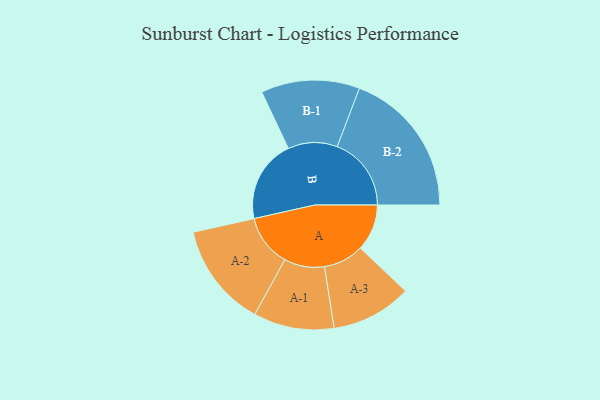
{"axis": {"x": "Segment", "y": "Value"}, "legend": ["", "A", "B"], "data": [{"x": "A", "y": 171, "type": ""}, {"x": "B", "y": 304, "type": ""}, {"x": "A-1", "y": 148, "type": "A"}, {"x": "A-2", "y": 191, "type": "A"}, {"x": "A-3", "y": 148, "type": "A"}, {"x": "B-1", "y": 181, "type": "B"}, {"x": "B-2", "y": 272, "type": "B"}]}